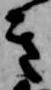
き